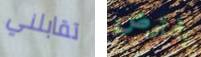
تقابلني يفترض